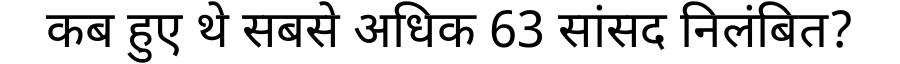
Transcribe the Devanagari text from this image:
कब हुए थे सबसे अधिक 63 सांसद निलंबित?